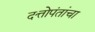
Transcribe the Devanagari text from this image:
दत्तोपंतांचा